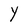
Character: Y